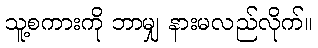
သူ့စကားကို ဘာမျှ နားမလည်လိုက်။